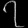
Digit: ၇